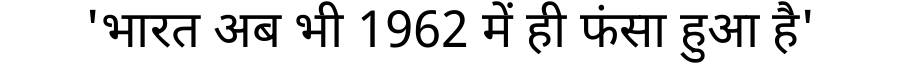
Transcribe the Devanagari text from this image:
'भारत अब भी 1962 में ही फंसा हुआ है'